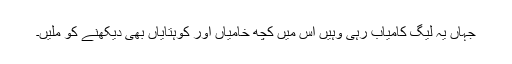
جہاں یہ لیگ کامیاب رہی وہیں اس میں کچھ خامیاں اور کوہتایاں بھی دیکھنے کو ملیں۔